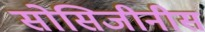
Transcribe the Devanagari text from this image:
सोसिजीनीस